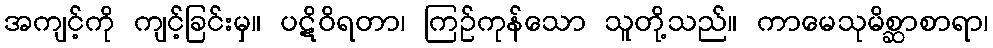
အကျင့်ကို ကျင့်ခြင်းမှ။ ပဋိဝိရတာ၊ ကြဉ်ကုန်သော သူတို့သည်။ ကာမေသုမိစ္ဆာစာရာ၊